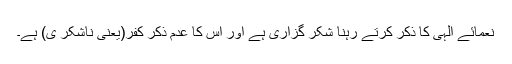
نعمائے الٰہی کا ذکر کرتے رہنا شکر گزاری ہے اور اس کا عدمِ ذکر کفر(یعنی ناشکر ی) ہے۔